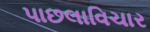
પાછલાવિચાર